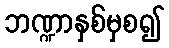
ဘဏ္ဍာနှစ်မှစ၍